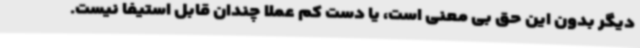
دیگر بدون این حق بی معنی است، یا دست کم عملا چندان قابل استیفا نیست.